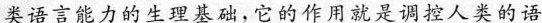
类语言能力的生理基础，它的作用就是调控人类的语